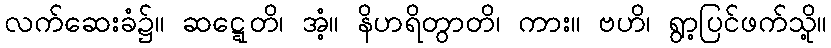
လက်ဆေးခံ၌။ ဆဋ္ဋေတိ၊ အံ့။ နိဟရိတွာတိ၊ ကား။ ဗဟိ၊ ရွာ့ပြင်ဖက်သို့။